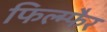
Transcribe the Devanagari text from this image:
फिल्म्फैर